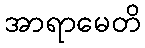
အာရာမေတိ